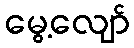
မွေ့လျော်